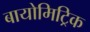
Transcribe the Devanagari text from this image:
बायोमिट्रिक